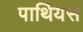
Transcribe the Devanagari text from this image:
पार्थियंस